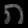
Digit: ၈